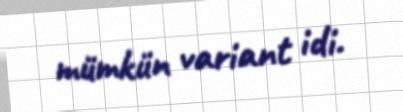
mümkün variant idi.